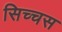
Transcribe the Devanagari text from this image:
सिच्चस